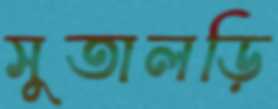
সুতালড়ি